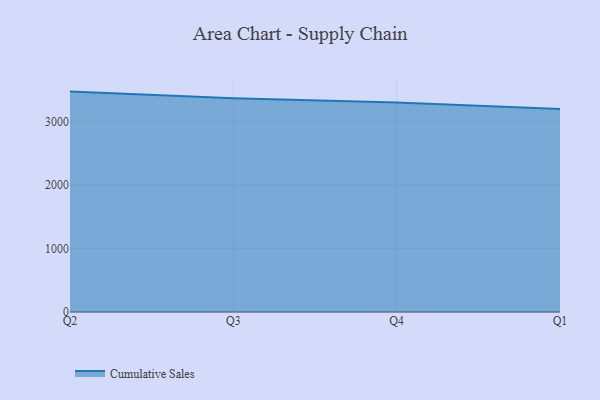
{"axis": {"x": "Quarter", "y": "Market Share (%)"}, "legend": ["Cumulative Sales"], "data": [{"x": "Q2", "y": 3467.8, "type": "Cumulative Sales"}, {"x": "Q3", "y": 3363.8, "type": "Cumulative Sales"}, {"x": "Q4", "y": 3295.7, "type": "Cumulative Sales"}, {"x": "Q1", "y": 3192.1, "type": "Cumulative Sales"}]}